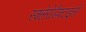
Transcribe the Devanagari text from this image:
स्क्लेरोडैक्टाइली